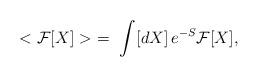
LaTeX: \begin{align*}< {\cal F}[X] > \ =\ \int [dX]\, e^{-S} {\cal F}[X],\end{align*}